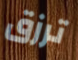
ترزق